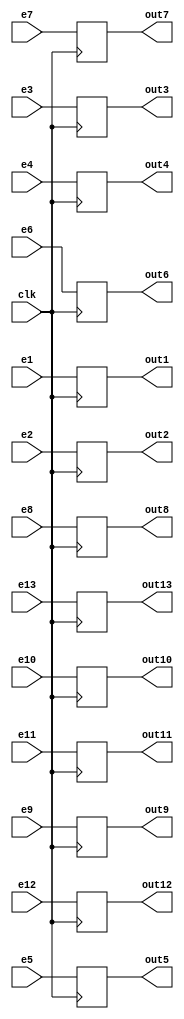
module BUFER_EX_MEM(
input  [31:0] e1,e2,e3,e4,e5,e6,e7,e8,e9,e10,e11,e12,e13,
input clk,
output reg[31:0] out1,out2,out3,out4,out5,out6,out7,out8,out9,out10,out11,out12,out13
);

always@(posedge clk)
begin
	out1<=e1;
	out2<=e2;
	out3<=e3;
	out4<=e4;
	out5<=e5;
	out6<=e6;
	out7<=e7;
	out8<=e8;
	out9<=e9;
	out10<=e10;
	out11<=e11;
	out12<=e12;
	out13<=e13;
end
endmodule